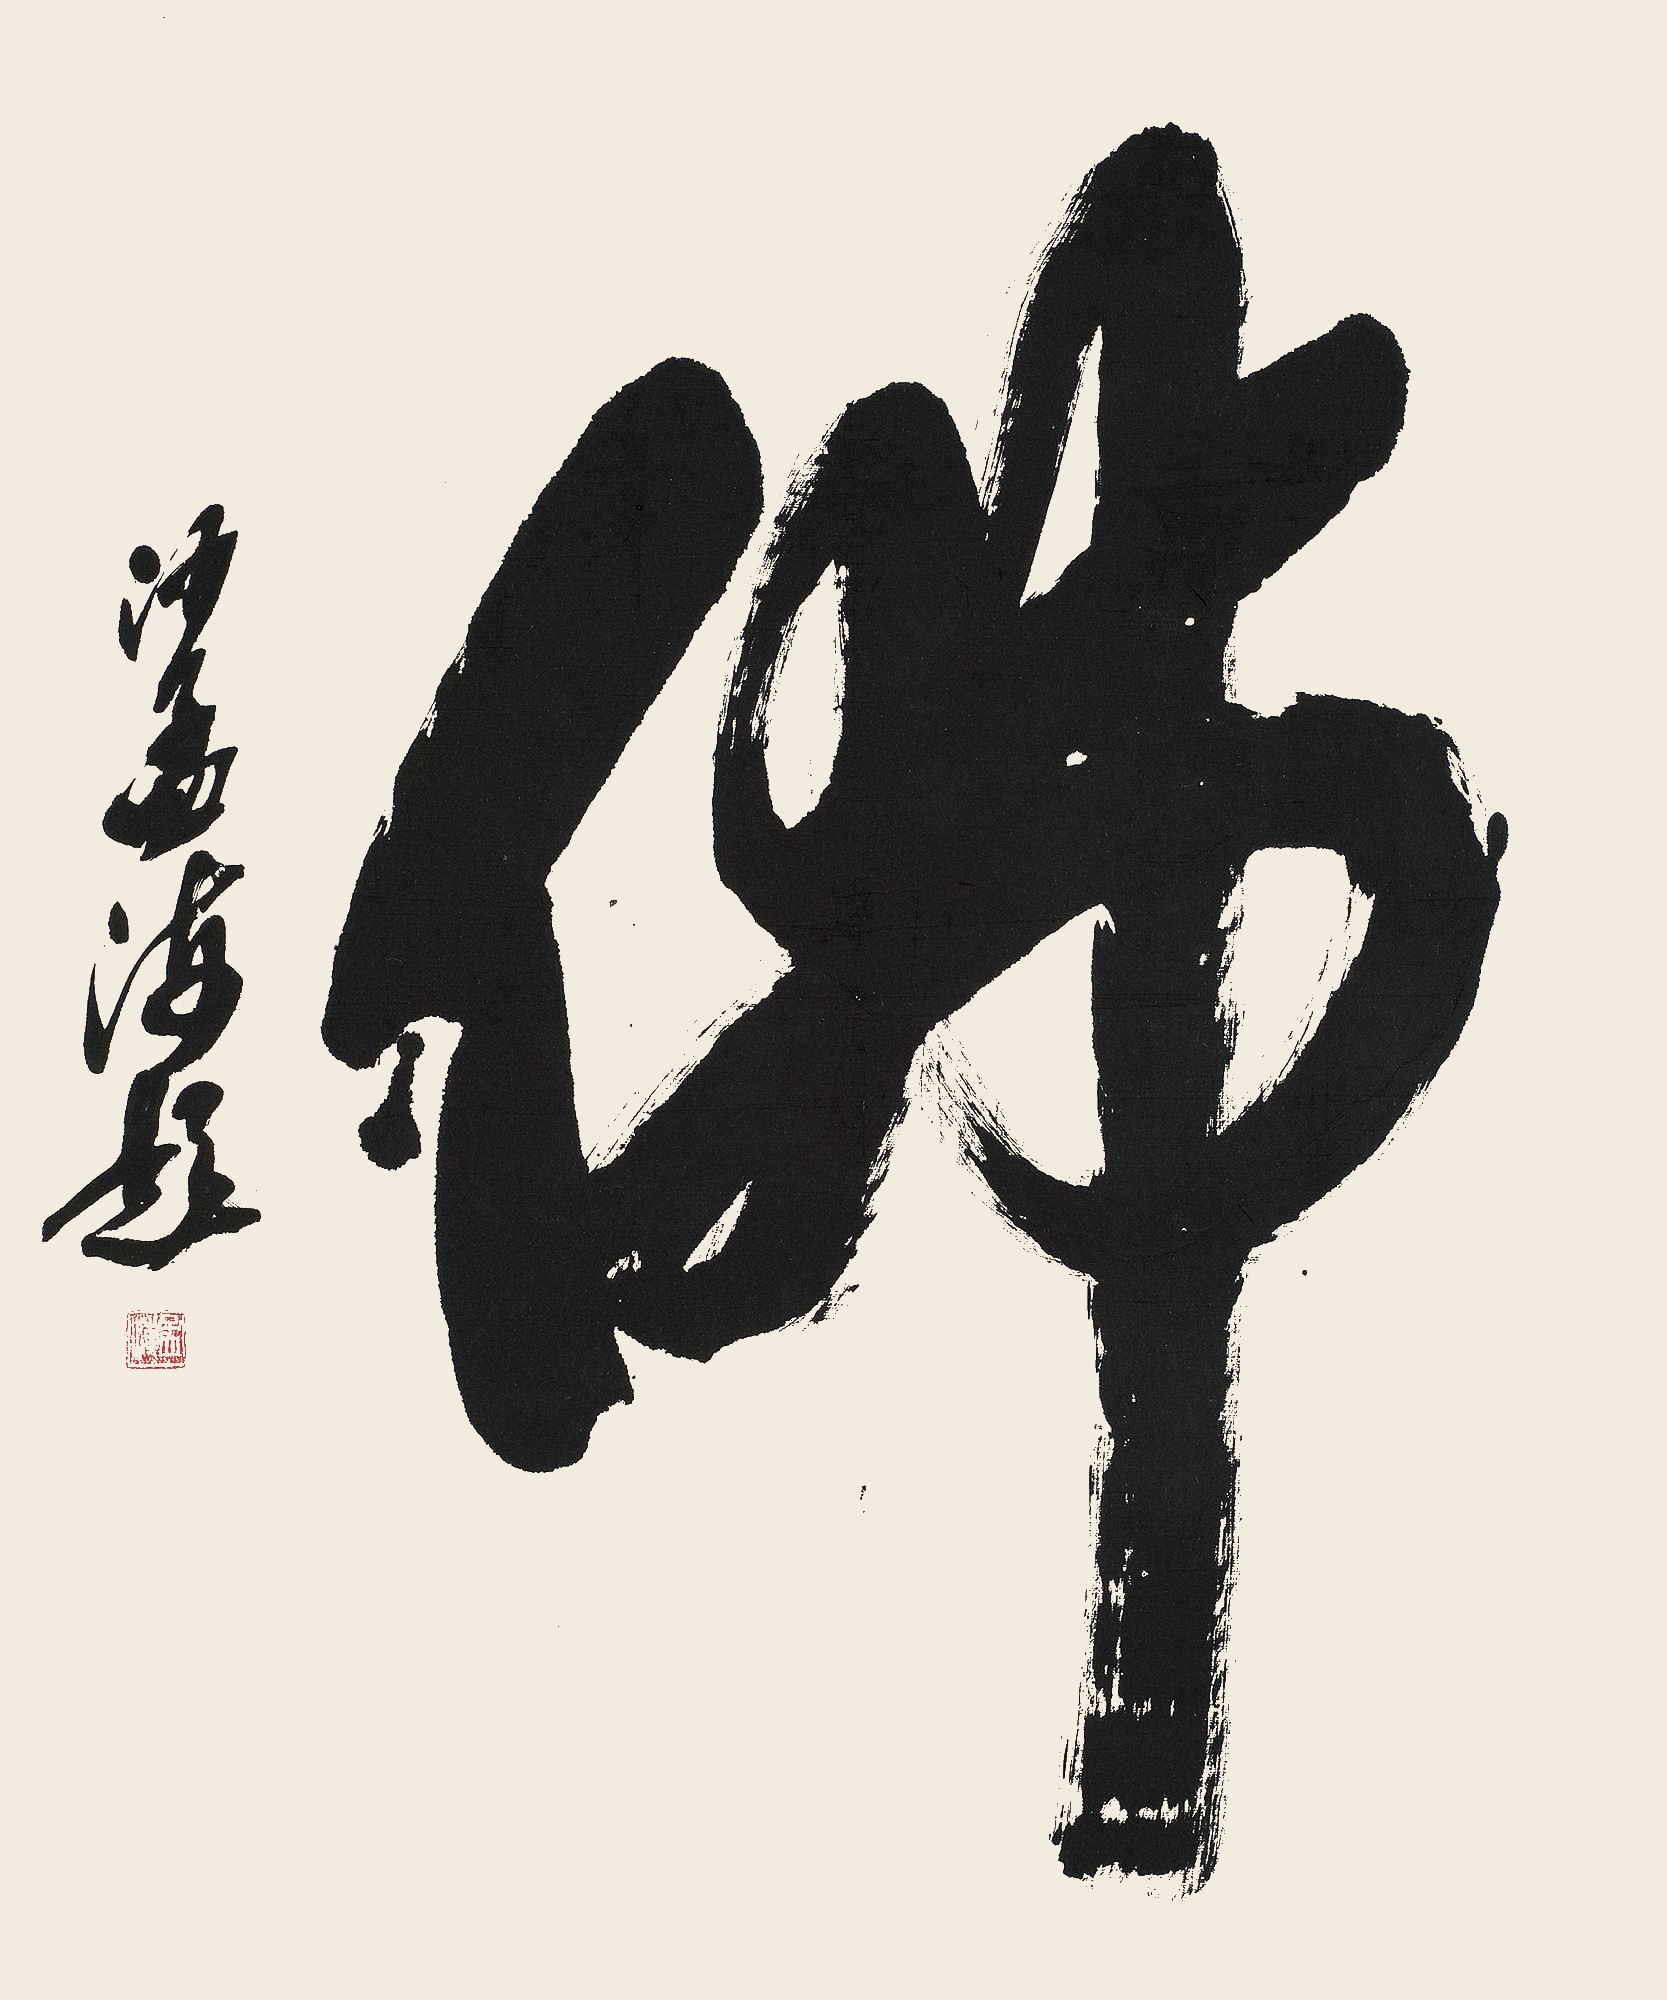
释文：佛。沙孟海题。